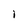
Character: i